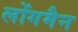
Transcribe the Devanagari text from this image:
लोंगमैन